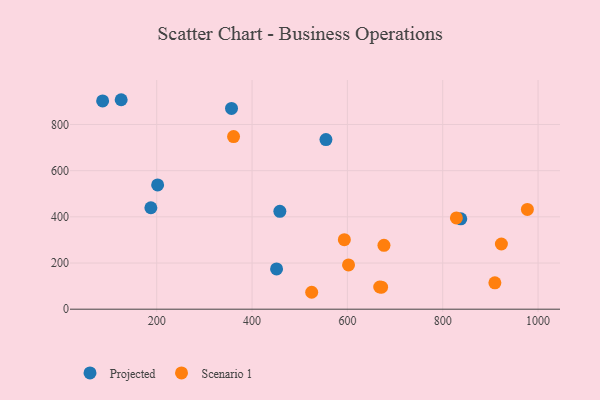
{"axis": {"x": "Investment", "y": "Yield"}, "legend": ["Projected", "Scenario 1"], "data": [{"x": "356.9", "y": 869.4, "type": "Projected"}, {"x": "187.7", "y": 439.3, "type": "Projected"}, {"x": "555.0", "y": 734.7, "type": "Projected"}, {"x": "458.3", "y": 423.7, "type": "Projected"}, {"x": "125.4", "y": 907.2, "type": "Projected"}, {"x": "86.5", "y": 901.8, "type": "Projected"}, {"x": "201.9", "y": 538.0, "type": "Projected"}, {"x": "451.4", "y": 174.5, "type": "Projected"}, {"x": "837.9", "y": 391.2, "type": "Projected"}, {"x": "602.4", "y": 191.6, "type": "Scenario 1"}, {"x": "676.7", "y": 276.8, "type": "Scenario 1"}, {"x": "977.6", "y": 432.0, "type": "Scenario 1"}, {"x": "671.7", "y": 95.5, "type": "Scenario 1"}, {"x": "593.6", "y": 301.3, "type": "Scenario 1"}, {"x": "525.1", "y": 73.3, "type": "Scenario 1"}, {"x": "361.2", "y": 747.6, "type": "Scenario 1"}, {"x": "923.1", "y": 282.4, "type": "Scenario 1"}, {"x": "909.4", "y": 114.3, "type": "Scenario 1"}, {"x": "667.8", "y": 96.2, "type": "Scenario 1"}, {"x": "828.7", "y": 395.3, "type": "Scenario 1"}]}